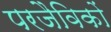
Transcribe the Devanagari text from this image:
परजैविकों